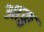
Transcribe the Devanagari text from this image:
आक्रु